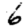
Digit: 6